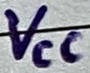
Text: VCC